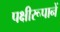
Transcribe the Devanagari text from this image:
पक्षीरूपानें